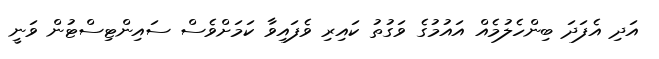
އަދި އެފަދަ ބިންހެލުމެއް އައުމުގެ ވަގުތު ކައިރި ވެފައިވާ ކަމަށްވެސް ސައިންޓިސްޓުން ވަނީ